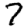
Digit: 7